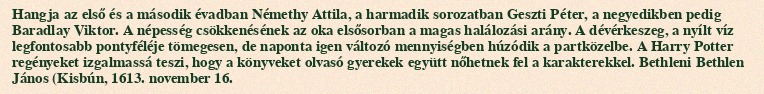
Hangja az első és a második évadban Némethy Attila, a harmadik sorozatban Geszti Péter, a negyedikben pedig Baradlay Viktor. A népesség csökkenésének az oka elsősorban a magas halálozási arány. A dévérkeszeg, a nyílt víz legfontosabb pontyféléje tömegesen, de naponta igen változó mennyiségben húzódik a partközelbe. A Harry Potter regényeket izgalmassá teszi, hogy a könyveket olvasó gyerekek együtt nőhetnek fel a karakterekkel. Bethleni Bethlen János (Kisbún, 1613. november 16.